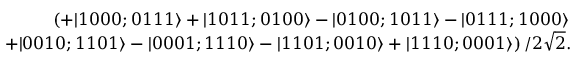
\begin{array} { r l r } & { } & { \left( + | 1 0 0 0 ; 0 1 1 1 \rangle + | 1 0 1 1 ; 0 1 0 0 \rangle - | 0 1 0 0 ; 1 0 1 1 \rangle - | 0 1 1 1 ; 1 0 0 0 \rangle \right. } \\ & { } & { \left. ~ + | 0 0 1 0 ; 1 1 0 1 \rangle - | 0 0 0 1 ; 1 1 1 0 \rangle - | 1 1 0 1 ; 0 0 1 0 \rangle + | 1 1 1 0 ; 0 0 0 1 \rangle \right) / 2 \sqrt { 2 } . } \end{array}